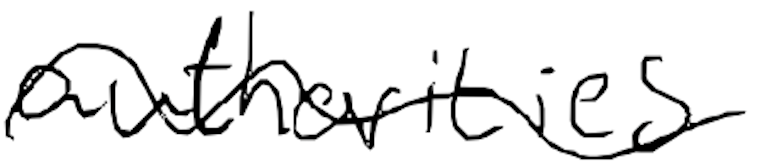
Text: authorities
Cross-out: wave
Writing tool: digital_black